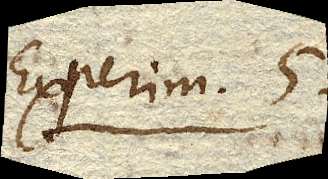
Experim. 5.